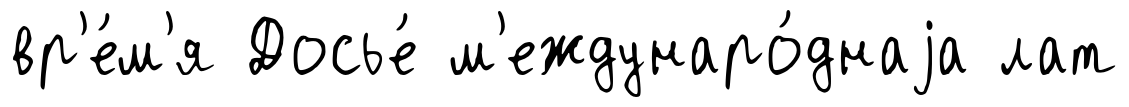
вр'е́м'я Досье́ м'еждунаро́днаjа лат